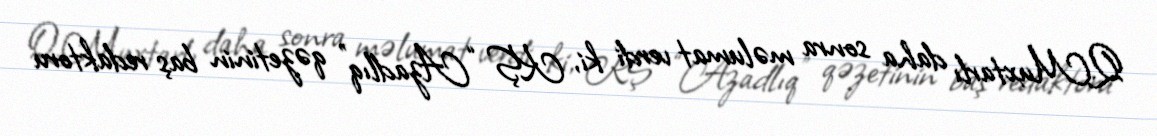
Q.Muxtarlı daha sonra məlumat verdi ki, KŞ “Azadlıq” qəzetinin baş redaktoru